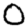
Digit: 0